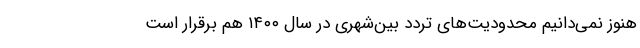
هنوز نمی‌دانیم محدودیت‌های تردد بین‌شهری در سال ۱۴۰۰ هم برقرار است